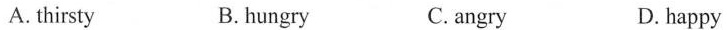
A.thirsty B.hungry C.angry D.happy